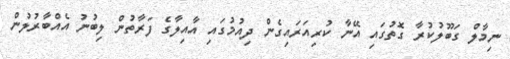
ނިމާލް ގަބޫލުކުރާ ގޮތުގައި އޭނާ ކުރިއަރައިގެން ދިއުމުގައި އާއިލާގެ ފަރާތުން ލިބުނު އެއްބާރުލުން